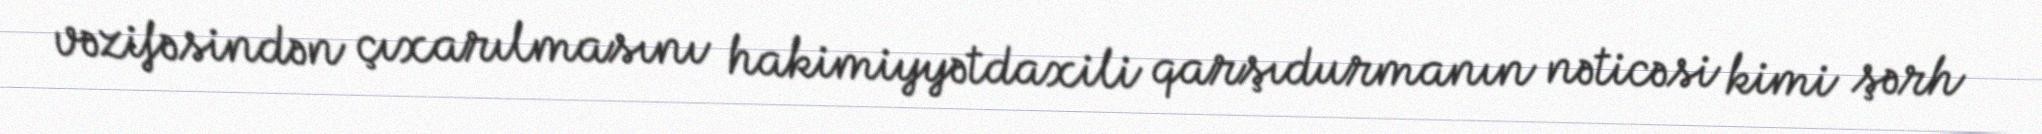
vəzifəsindən çıxarılmasını hakimiyyətdaxili qarşıdurmanın nəticəsi kimi şərh